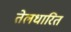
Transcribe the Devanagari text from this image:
तेलधारित